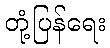
တုံ့ပြန်ရေး